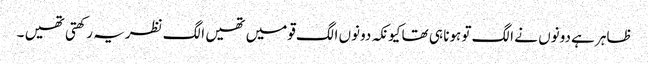
ظاہر ہے دونوں نے الگ تو ہونا ہی تھا کیونکہ دونوں الگ قومیں تھیں الگ نظریہ رکھتی تھیں ۔